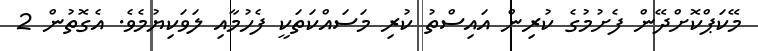
މޭކަޕްކޮށްދޭން ފެށުމުގެ ކުރިން އައިސްތު ކުރި މަސައްކަތަކީ ފެހުމާއި ލަވަކިޔުމެވެ. އެގޮތުން 2